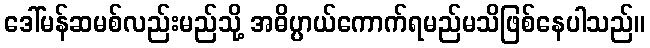
ဒေါ်မန်ဆမစ်လည်းမည်သို့ အဓိပ္ပာယ်ကောက်ရမည်မသိဖြစ်နေပါသည်။